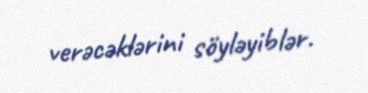
verəcəklərini söyləyiblər.